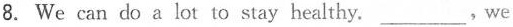
8. We can do a lot to stay healthy.___,We